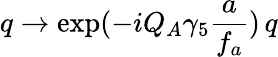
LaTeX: q\rightarrow\exp(-iQ_{A}\gamma_{5}\frac{a}{f_{a}})\, q